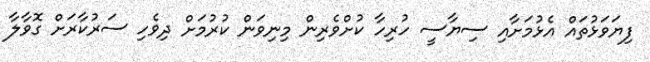
ފިޔަވަޅުތައް އެޅުމަށާއި ސިޔާސީ ހުރިހާ ކުށްވެރިން މިނިވަން ކުރުމަށް ދިވެހި ސަރުކާރަށް ގޮވާލާ